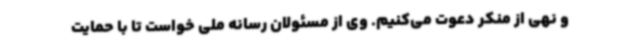
و نهی از منکر دعوت می‌کنیم. وی از مسئولان رسانه ملی خواست تا با حمایت